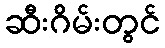
ဆီးဂိမ်းတွင်